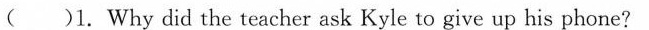
( )1. Why did the teacher ask Kyle to give up his phone?